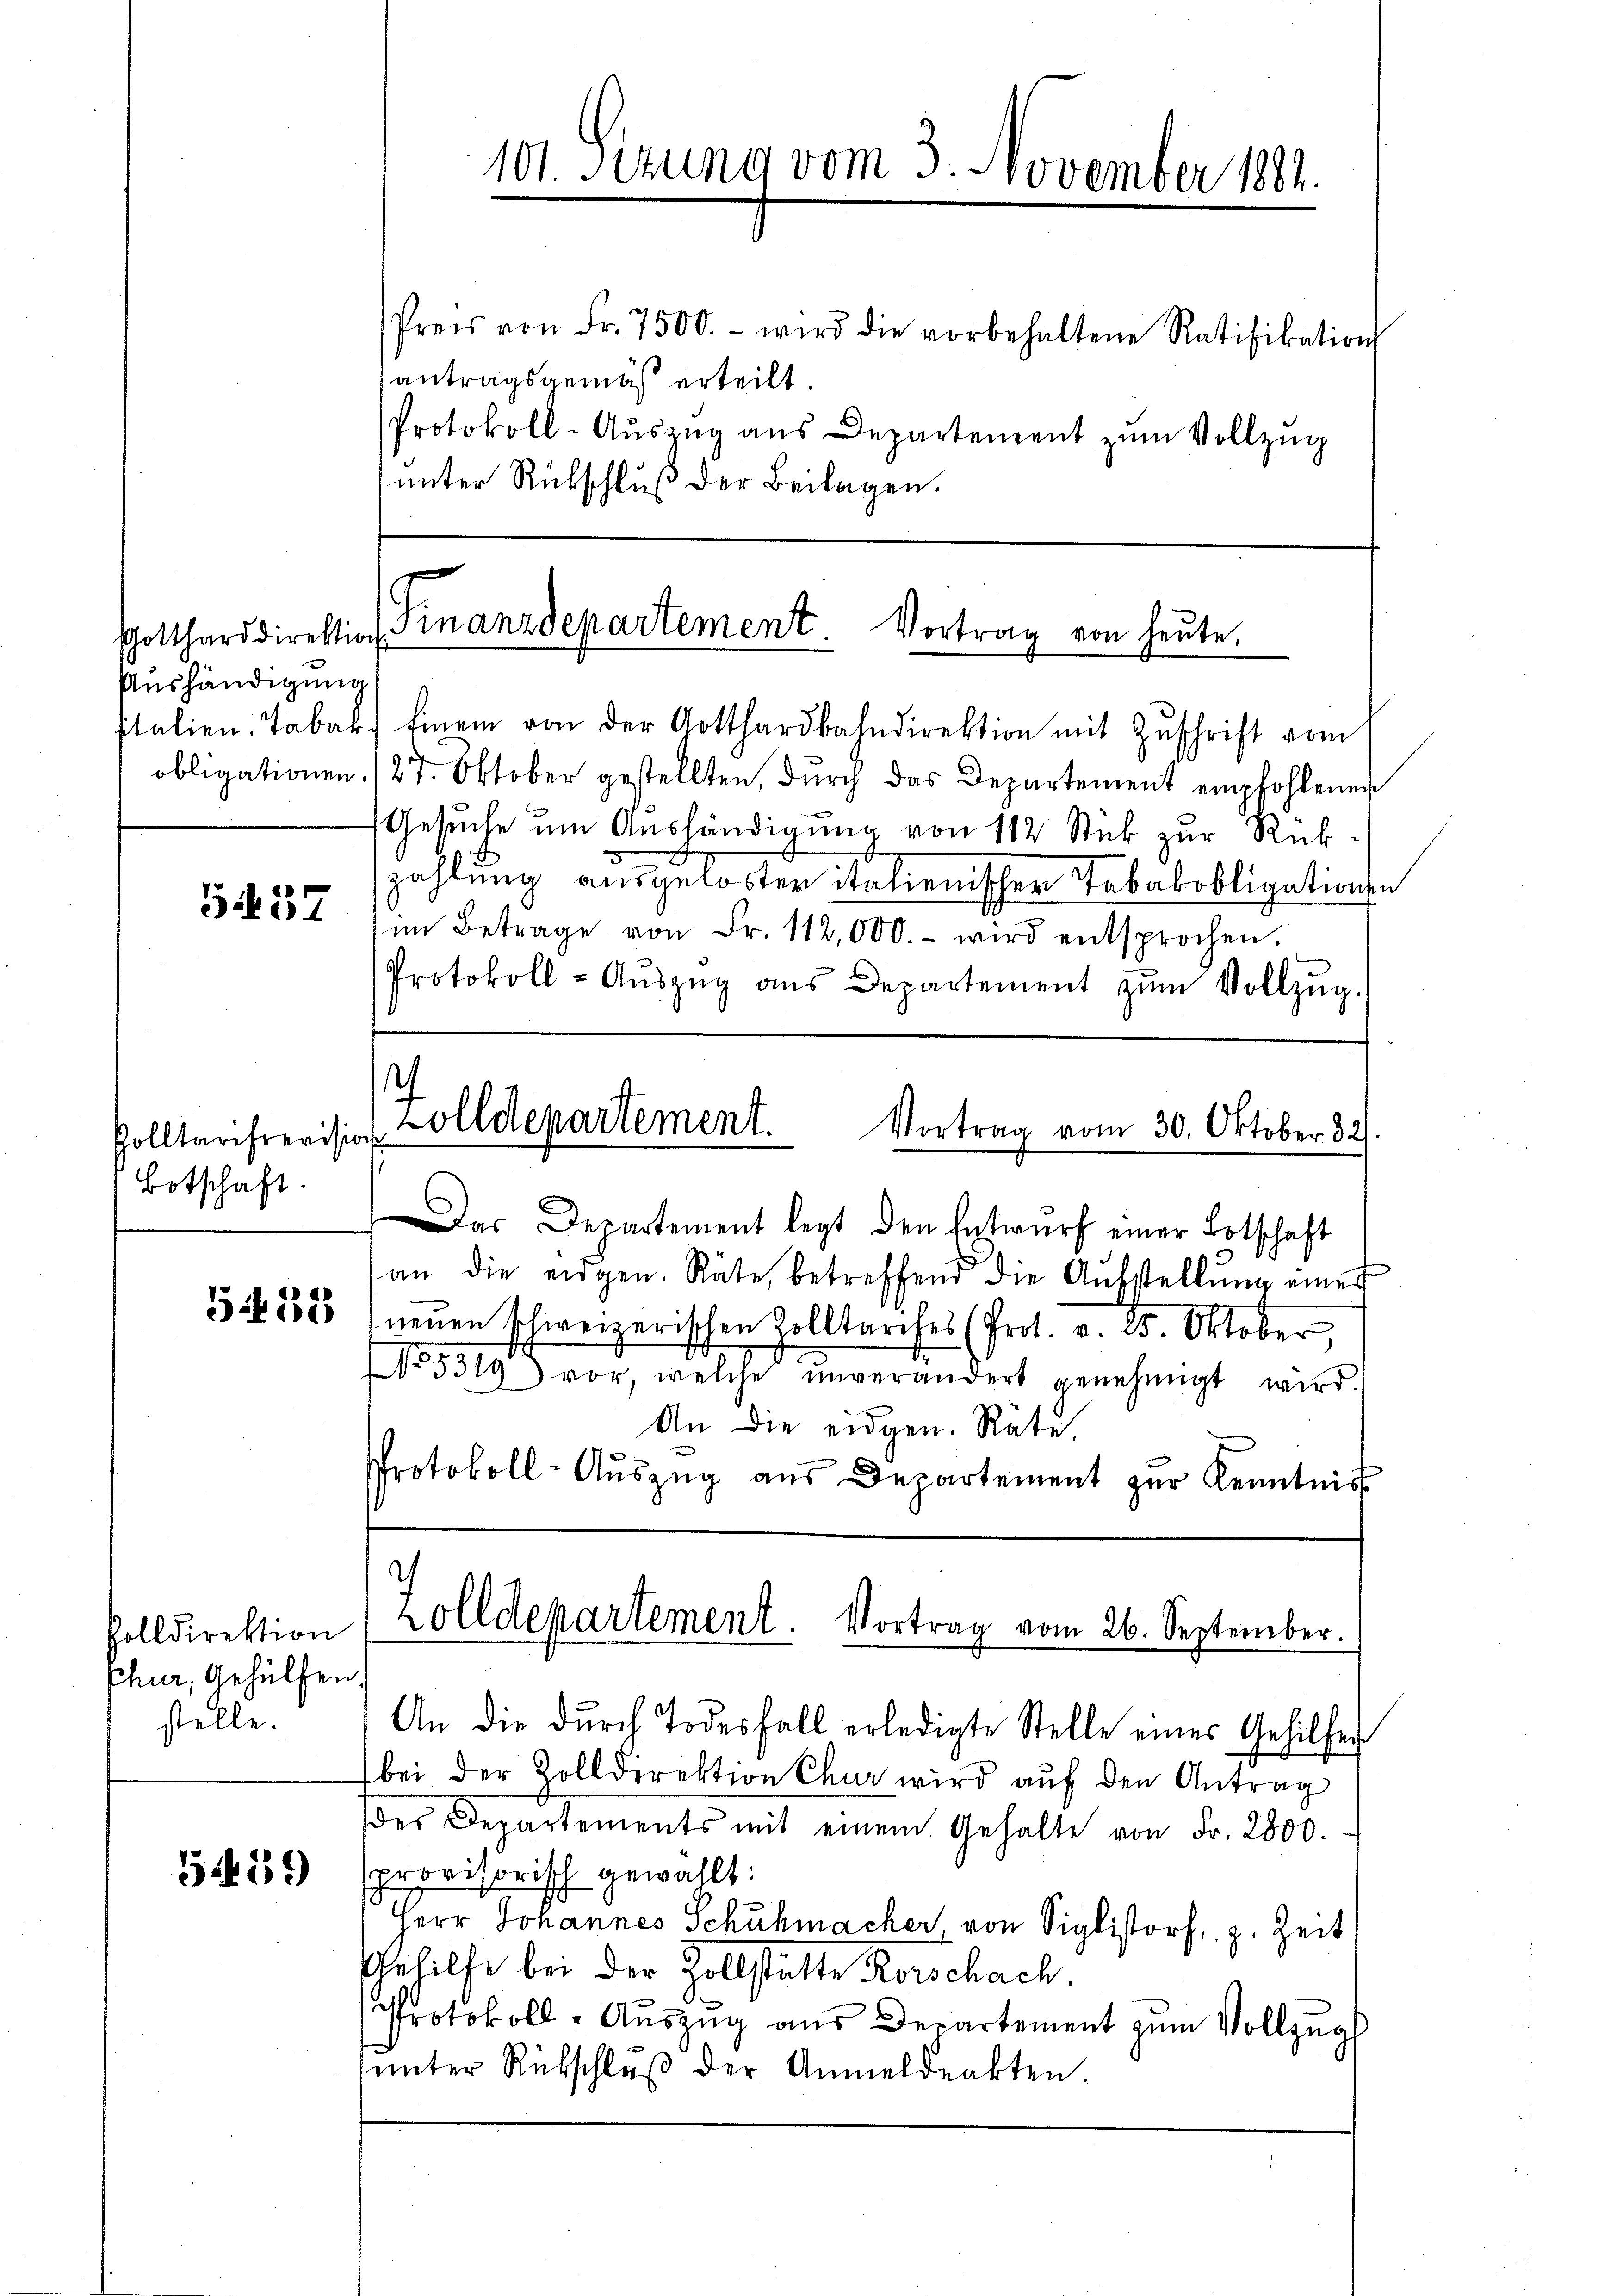
Aushändigung

557

Polltarifrevisi
Botschaft

Volldirektion
Chur, Gehülfen,
stelle.

559

unter Rückschluß der Beilagen.

Italien. Tabak finem von der Gotthardbahndirektion mit Zŭschrift vom
obligationen (27. Oktober gestellten, durch das Departement empfohlenen
Gesuche um Aushändigung von 112 Stick zur Rükzahlung ausgelöster italienischer Tabakobligatione
im Betrage von Fr. 112,000.- wird entsprochen.
Protokoll-Aŭszŭg ans Departement zŭm Vollzŭg.

Das Departement legt den Entwurf einer Botschaft
an die eidgen. Räte, betreffend die Aufstellŭng eines
3. 1585 (neuen schweizerischen Zolltarifes (Prot. v. 25. Oktober,
No. 5319) vor, welche ŭnverändert genehmigt wird.
An die eidgen. Räte,
Protokoll-Aŭszŭg aŭs Departement zŭr Kenntnis

Gotthard direktion Finanzdepartement. Vortrag von heute.

h
Zolldepartement.
Vortrag vom 30. Oktober 32
.

101. Sezung vom 3. November 1881.
Preis von Fr. 7500.- wird die vorbehaltene Ratifikation
antragsgemäß erteilt.
Protokoll-Aŭszŭg ans Departement zŭm Vollzug

zolldepartement. Vortrag vom 26. September.

An die durch Todesfall erledigte Stelle eines Gehilfe
bei der Zolldirektion Chur wird aŭf den Antrag
des Departements mit einem Gehalte von Fr. 2800.
sprovisorisch gewählt:
Herr Johannes Schuhmacher von Siglistorf, z. Zeit
Gehilfe bei der Zollstätte Rorschach.
Protokoll-Aŭszŭg aŭs Departement zŭm Vollzŭgs
ŭnter Rückschlaβ der Anmeldenkten.